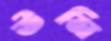
উনি